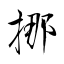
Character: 挪